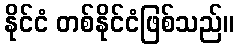
နိုင်ငံ တစ်နိုင်ငံဖြစ်သည်။